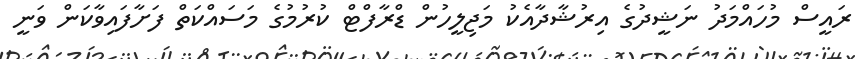
ރައީސް މުހައްމަދު ނަޝީދުގެ އިރުޝާދާއެކު މަޖިލީހުން ޑްރާފްޓް ކުރުމުގެ މަސައްކަތް ފަށާފައިވާކަން ވަނީ